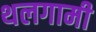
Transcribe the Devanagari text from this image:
थलगामी